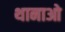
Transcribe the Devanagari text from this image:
थानाओ